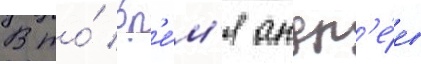
В то́ вр'е́м'я андр'е́ев